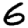
Digit: 6